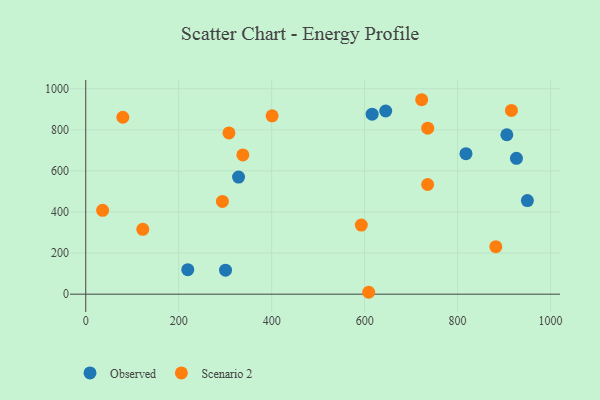
{"axis": {"x": "Ad Spend", "y": "Sales"}, "legend": ["Observed", "Scenario 2"], "data": [{"x": "328.7", "y": 570.0, "type": "Observed"}, {"x": "818.0", "y": 683.7, "type": "Observed"}, {"x": "950.1", "y": 455.4, "type": "Observed"}, {"x": "616.1", "y": 876.1, "type": "Observed"}, {"x": "300.7", "y": 116.7, "type": "Observed"}, {"x": "905.9", "y": 775.9, "type": "Observed"}, {"x": "645.3", "y": 891.6, "type": "Observed"}, {"x": "219.5", "y": 119.0, "type": "Observed"}, {"x": "926.6", "y": 661.2, "type": "Observed"}, {"x": "400.9", "y": 868.1, "type": "Scenario 2"}, {"x": "36.3", "y": 408.2, "type": "Scenario 2"}, {"x": "915.8", "y": 894.5, "type": "Scenario 2"}, {"x": "294.0", "y": 451.5, "type": "Scenario 2"}, {"x": "592.8", "y": 336.1, "type": "Scenario 2"}, {"x": "735.5", "y": 533.8, "type": "Scenario 2"}, {"x": "722.7", "y": 946.4, "type": "Scenario 2"}, {"x": "79.8", "y": 861.0, "type": "Scenario 2"}, {"x": "308.1", "y": 784.6, "type": "Scenario 2"}, {"x": "735.7", "y": 807.7, "type": "Scenario 2"}, {"x": "608.7", "y": 9.2, "type": "Scenario 2"}, {"x": "882.2", "y": 231.1, "type": "Scenario 2"}, {"x": "122.7", "y": 315.6, "type": "Scenario 2"}, {"x": "338.0", "y": 677.9, "type": "Scenario 2"}]}